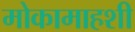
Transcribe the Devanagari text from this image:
मोकामाहशी